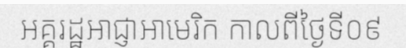
អគ្គរដ្ឋអាជ្ញាអាមេរិក កាលពីថ្ងៃទី០៩